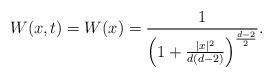
LaTeX: \begin{align*} W(x,t) = W(x) = \frac{1}{\left(1 + \frac{|x|^2}{d(d-2)}\right)^{\frac{d-2}{2}}}.\end{align*}